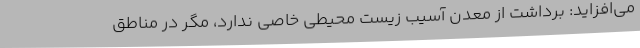
می‌افزاید: برداشت از معدن آسیب زیست محیطی خاصی ندارد، مگر در مناطق